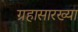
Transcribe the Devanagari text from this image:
ग्रहासारख्या